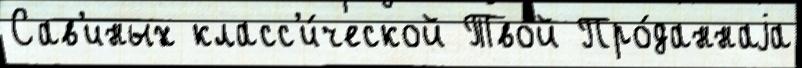
Сав'иных класс'и́ческой Твой Про́даннаjа